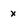
Character: x